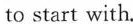
to start with.